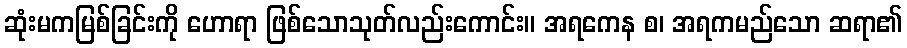
ဆုံးမကမြစ်ခြင်းကို ဟောရာ ဖြစ်သောသုတ်လည်းကောင်း။ အရကေန စ၊ အရကမည်သော ဆရာ၏